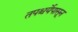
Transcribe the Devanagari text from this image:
तपश्चर्येपासून